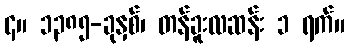
၄။ ၁၃၈၅-ခုနှစ်၊ တန်ခူးလဆန်း ၁ ရက်။